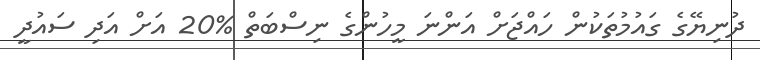
ދުނިޔޭގެ ގައުމުތަކުން ހައްޖަށް އަންނަ މީހުންގެ ނިސްބަތް %20 އަށް އަދި ސައުދީ